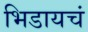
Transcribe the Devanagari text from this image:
भिडायचं